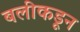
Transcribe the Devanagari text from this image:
बलीकडून